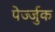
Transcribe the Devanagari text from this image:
पेर्ज्जुक